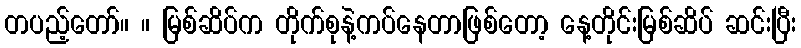
တပည့်တော်။ ။ မြစ်ဆိပ်က တိုက်စုနဲ့ကပ်နေတာဖြစ်တော့ နေ့တိုင်းမြစ်ဆိပ် ဆင်းပြီး